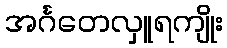
အင်္ဂတေလှူရကျိုး